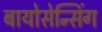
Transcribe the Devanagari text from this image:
बायोसेन्सिंग